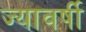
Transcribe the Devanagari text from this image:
ज्यावर्षी